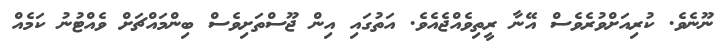
ނޫނެވެ. ކުރިއަށްވުރެވެސް އޭނާ ރީތިވެއްޖެއެވެ. އަތުގައި އިން ޖޫސްތަށިވެސް ބިންމައްޗަށް ވެއްޓުނު ކަމެއް